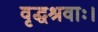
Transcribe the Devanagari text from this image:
वृद्धश्रवाः।